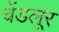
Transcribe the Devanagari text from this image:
चेंडलूर